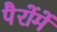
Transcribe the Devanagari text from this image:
पैरोंमें